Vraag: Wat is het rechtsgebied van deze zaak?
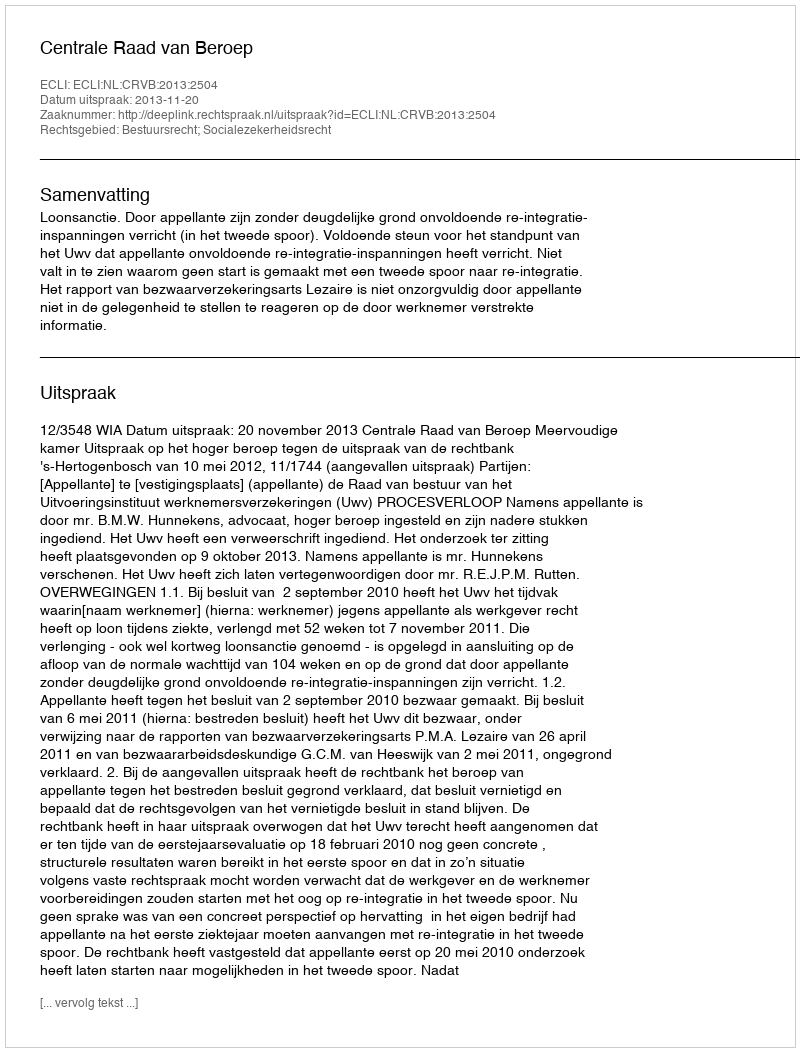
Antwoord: Bestuursrecht; Socialezekerheidsrecht